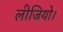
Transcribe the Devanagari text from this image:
लीजियो।